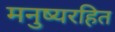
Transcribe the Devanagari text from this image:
मनुष्यरहित